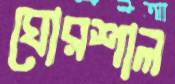
ঘোরশাল